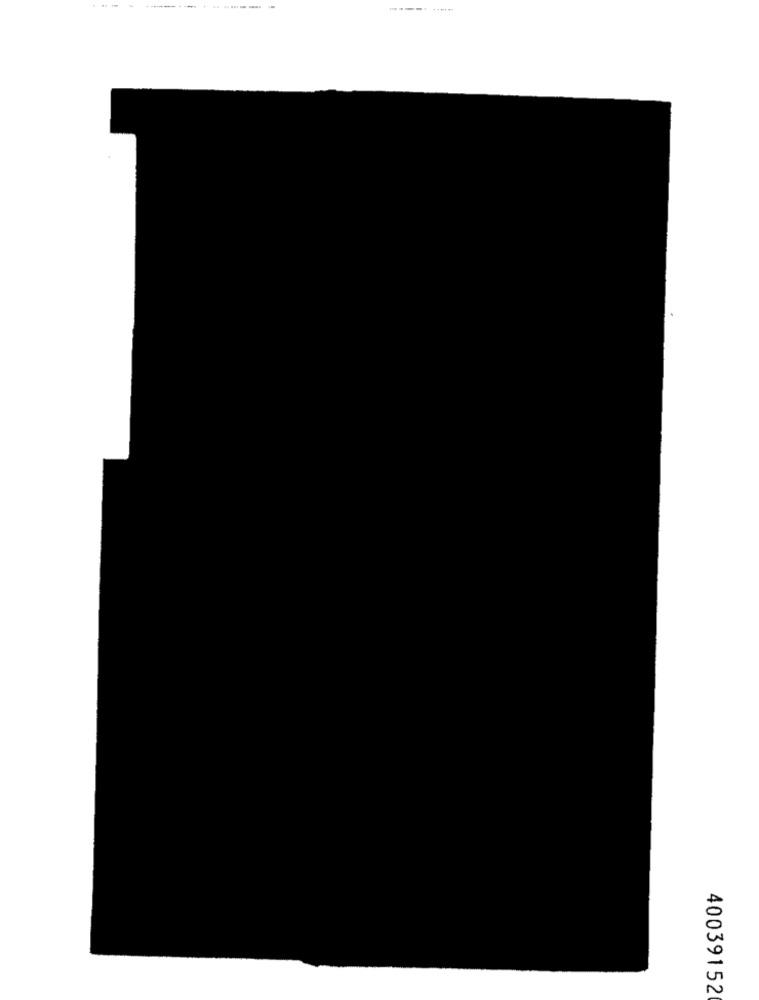
--
40039152